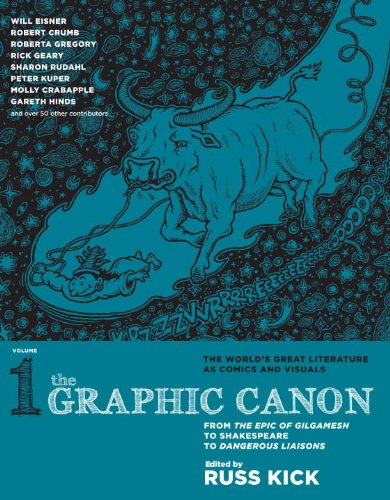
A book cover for The Graphic Canon, Vol. 1: From the Epic of Gilgamesh to Shakespeare to Dangerous Liaisons (The Graphic Canon Series); Russ Kick; Comics & Graphic Novels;